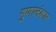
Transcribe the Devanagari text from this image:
गुणालंकार